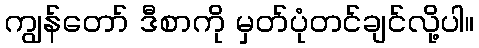
ကျွန်တော် ဒီစာကို မှတ်ပုံတင်ချင်လို့ပါ။